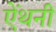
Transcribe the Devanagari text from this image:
ऐंथनी